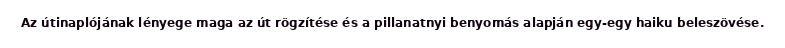
Az útinaplójának lényege maga az út rögzítése és a pillanatnyi benyomás alapján egy-egy haiku beleszövése.